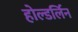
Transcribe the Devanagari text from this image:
होल्डर्लिन